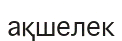
ақшелек